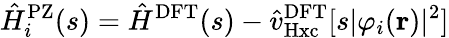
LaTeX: \hat{H}_{i}^{\mathrm{PZ}}(s)=\hat{H}^{\mathrm{DFT}}(s)-\hat{v}_{\mathrm{Hxc}}^{\mathrm{DFT}}[s|\varphi_{i}(\mathbf{r})|^{2}]